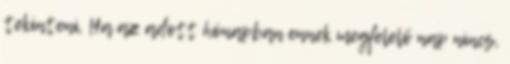
tekinteni. Ha az adott hónapban ennek megfelelő nap nincs,